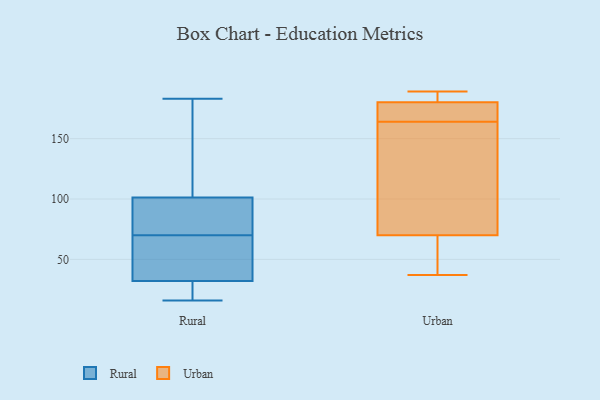
{"axis": {"x": "Website Visitors", "y": "Value"}, "legend": ["Rural", "Urban"], "data": [{"x": "", "y": 21, "type": "Rural"}, {"x": "", "y": 65, "type": "Rural"}, {"x": "", "y": 147, "type": "Rural"}, {"x": "", "y": 80, "type": "Rural"}, {"x": "", "y": 183, "type": "Rural"}, {"x": "", "y": 26, "type": "Rural"}, {"x": "", "y": 86, "type": "Rural"}, {"x": "", "y": 16, "type": "Rural"}, {"x": "", "y": 34, "type": "Rural"}, {"x": "", "y": 174, "type": "Rural"}, {"x": "", "y": 70, "type": "Rural"}, {"x": "", "y": 86, "type": "Rural"}, {"x": "", "y": 66, "type": "Rural"}, {"x": "", "y": 164, "type": "Urban"}, {"x": "", "y": 148, "type": "Urban"}, {"x": "", "y": 76, "type": "Urban"}, {"x": "", "y": 189, "type": "Urban"}, {"x": "", "y": 37, "type": "Urban"}, {"x": "", "y": 182, "type": "Urban"}, {"x": "", "y": 52, "type": "Urban"}, {"x": "", "y": 181, "type": "Urban"}, {"x": "", "y": 180, "type": "Urban"}, {"x": "", "y": 175, "type": "Urban"}, {"x": "", "y": 177, "type": "Urban"}, {"x": "", "y": 49, "type": "Urban"}, {"x": "", "y": 145, "type": "Urban"}]}